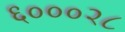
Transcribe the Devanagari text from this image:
६०००२८